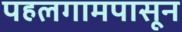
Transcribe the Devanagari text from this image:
पहलगामपासून